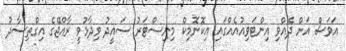
އަވަސް އަށް ދެއްވި އިންޓަވިއުއެއްގައި އިކޮނޮމިކް މިނިސްޓަރު ސައީދު ވިދާޅުވީ ރާއްޖޭގެ އިގްތިސާދު